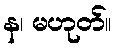
န၊ မဟုတ်။